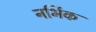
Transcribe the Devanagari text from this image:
नर्भिक